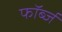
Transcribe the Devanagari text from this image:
फॉर्ब्ज